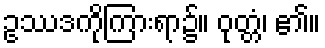
ဥဿဒကိုကြားရာ၌။ ဝုတ္တံ၊ ၏။